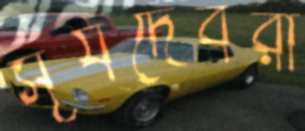
সূর্যদেবরা